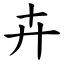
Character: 卉